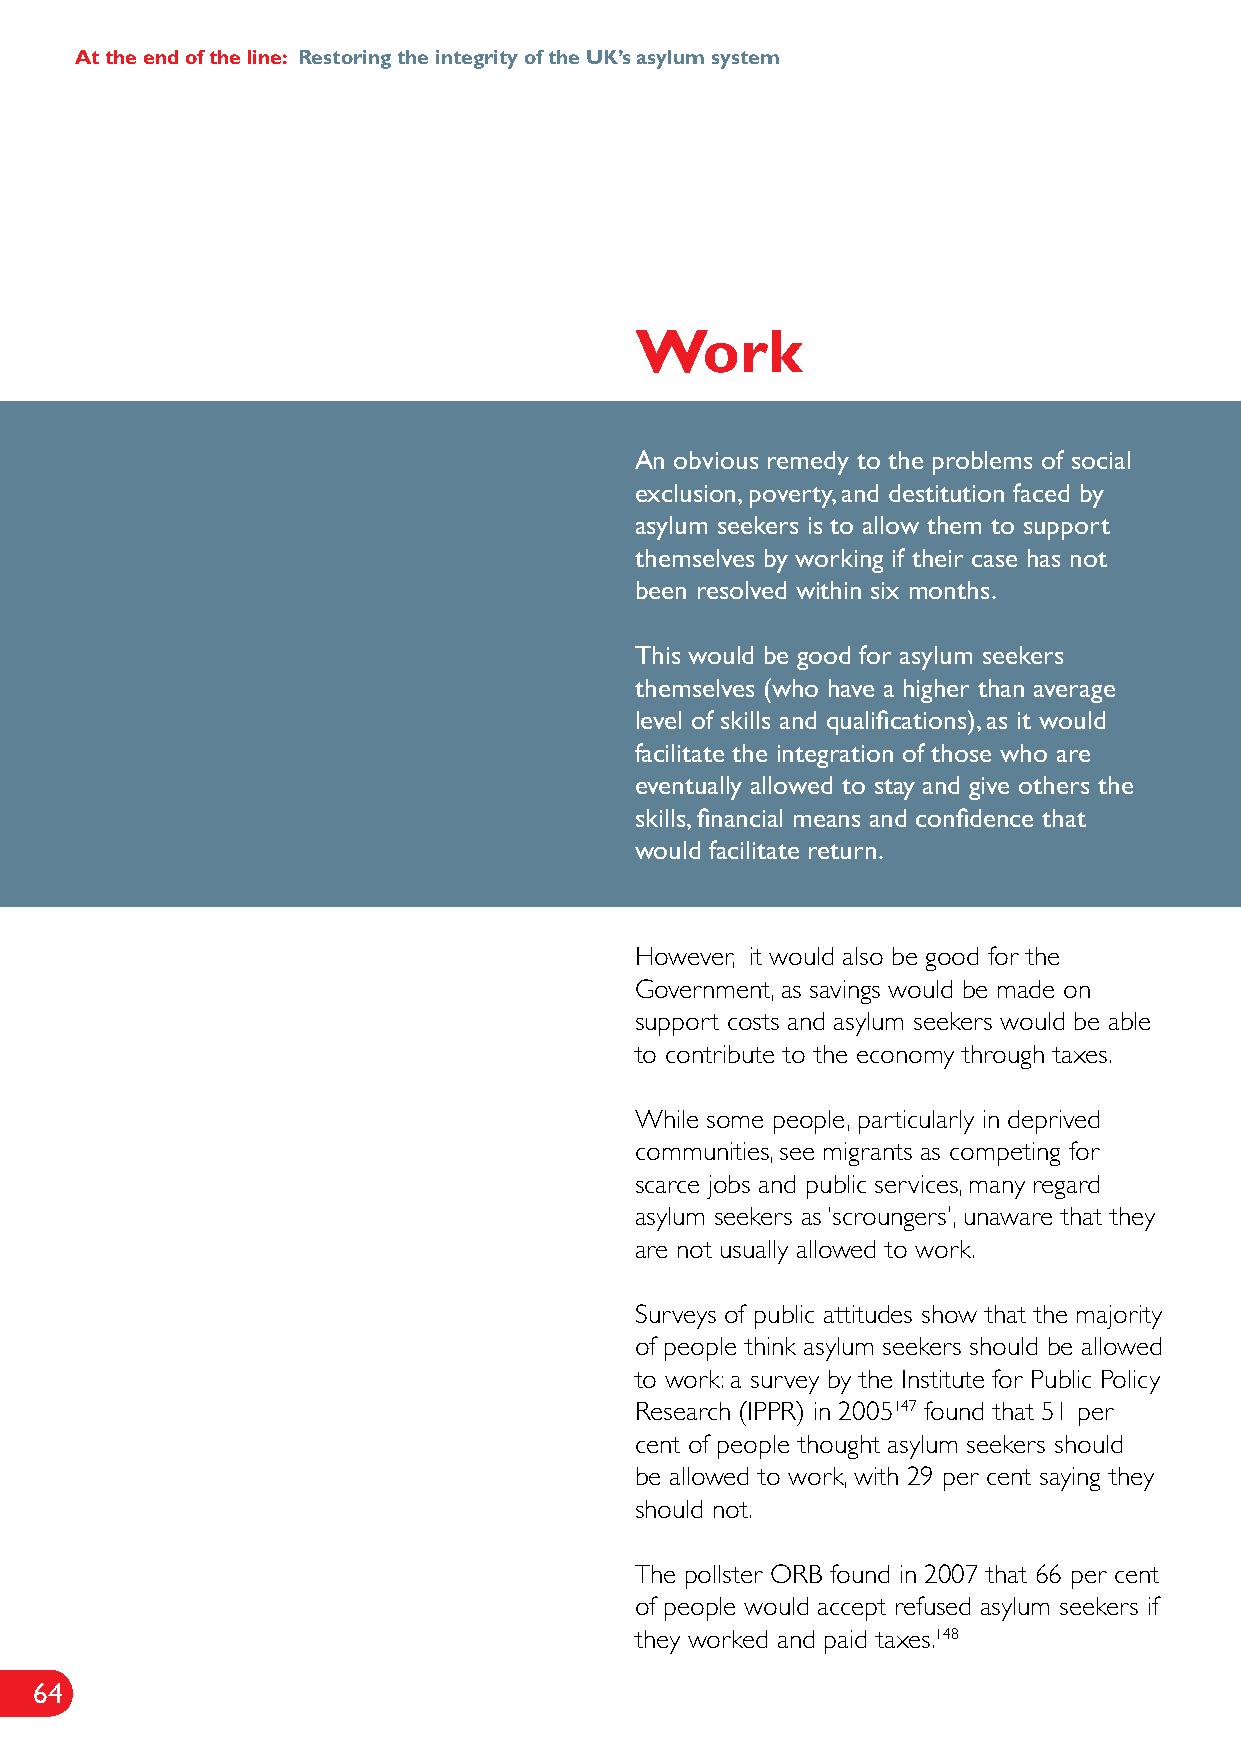
At the end of the line: Restoring the integrity of the UK’s asylum system
 Work
 An obvious remedy to the problems of social
 exclusion, poverty, and destitution faced by
 asylum seekers is to allow them to support
 themselves by working if their case has not
 been resolved within six months.
 This would be good for asylum seekers
 themselves (who have a higher than average
 level of skills and qualifications), as it would
 facilitate the integration of those who are
 eventually allowed to stay and give others the
 skills, financial means and confidence that
 would facilitate return.
 However, it would also be good for the
 Government, as savings would be made on
 support costs and asylum seekers would be able
 to contribute to the economy through taxes.
 While some people, particularly in deprived
 communities, see migrants as competing for
 scarce jobs and public services, many regard
 asylum seekers as ‘scroungers’, unaware that they
 are not usually allowed to work.
 Surveys of public attitudes show that the majority
 of people think asylum seekers should be allowed
 to work: a survey by the Institute for Public Policy
 Research (IPPR) in 2005147 found that 51 per
 cent of people thought asylum seekers should
 be allowed to work, with 29 per cent saying they
 should not.
 The pollster ORB found in 2007 that 66 per cent
 of people would accept refused asylum seekers if
 they worked and paid taxes.148
 64